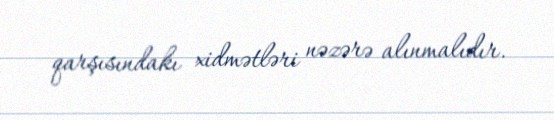
qarşısındakı xidmətləri nəzərə alınmalıdır.